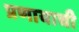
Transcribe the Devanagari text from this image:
प्रणायाची